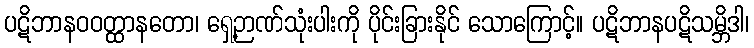
ပဋိဘာနဝဝတ္ထာနတော၊ ရှေ့ဉာဏ်သုံးပါးကို ပိုင်းခြားနိုင် သောကြောင့်။ ပဋိဘာနပဋိသမ္ဘိဒါ၊